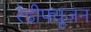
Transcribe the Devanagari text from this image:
रेडीफ्यूजन